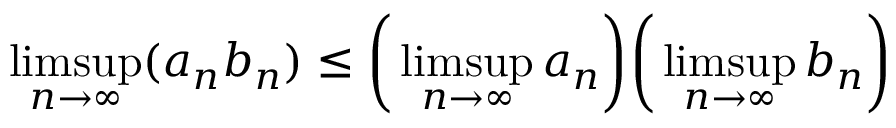
\operatorname* { l i m s u p } _ { n \to \infty } ( a _ { n } b _ { n } ) \leq { \biggl ( } \operatorname* { l i m s u p } _ { n \to \infty } a _ { n } { \biggr ) } { \biggl ( } \operatorname* { l i m s u p } _ { n \to \infty } b _ { n } { \biggr ) }